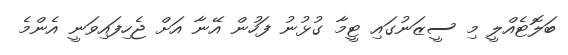
ބަލޮޓެއްލީ މި ސީޒަނުގައި ޓީމާ ގުޅުނު ފަހުން އޭނާ އަށް ޖެހިފައިވަނީ އެންމެ